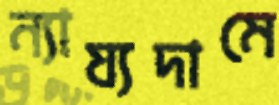
ন্যায্যদামে